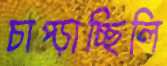
চাপ্‌ড়াচ্ছিলি